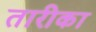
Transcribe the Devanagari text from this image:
तारीका